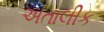
અતાલીક